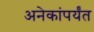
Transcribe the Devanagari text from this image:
अनेकांपर्यंत